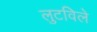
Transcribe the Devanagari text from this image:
लुटविले